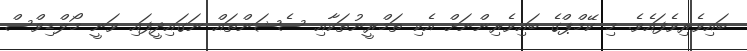
ބައިވެރިވެފައެވެ. މި ކޭމްޕްގެ ބައިވެރިންނަށް އެކި ތަމްރީނުތަކާއި ސެޝަންތައް ނަގައިދީފައި ވަނީ މޯލްޑިވްސް